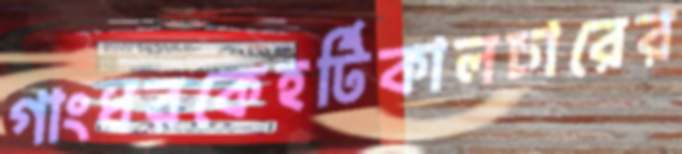
গাংধরকেহর্টিকালচারের